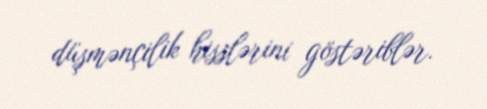
düşmənçilik hisslərini göstəriblər.